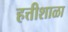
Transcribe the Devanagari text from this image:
हत्तीशाळा